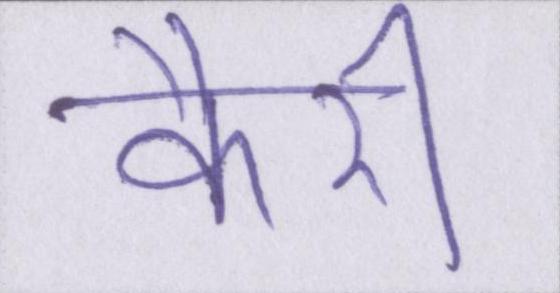
कैरी